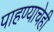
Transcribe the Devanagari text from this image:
पाहण्याचेही